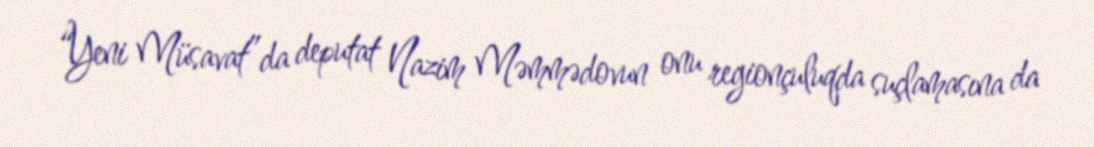
“Yeni Müsavat”da deputat Nazim Məmmədovun onu regionçuluqda suçlamasına da